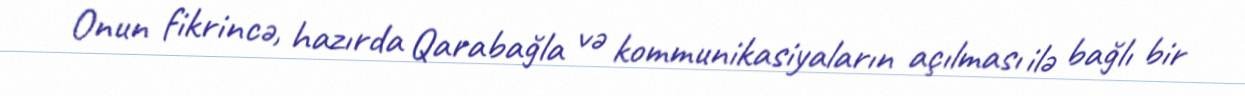
Onun fikrincə, hazırda Qarabağla və kommunikasiyaların açılması ilə bağlı bir